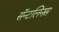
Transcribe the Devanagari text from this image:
सॅन्टलिनस